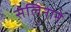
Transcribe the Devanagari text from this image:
सेलिनाने